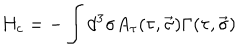
H _ { c } = - \int { d ^ { 3 } \sigma A _ { \tau } ( \tau , \vec { \sigma } ) \Gamma ( \tau , \vec { \sigma } ) }